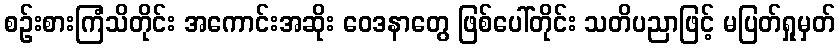
စဉ်းစားကြံသိတိုင်း အကောင်းအဆိုး ဝေဒနာတွေ ဖြစ်ပေါ်တိုင်း သတိပညာဖြင့် မပြတ်ရှုမှတ်